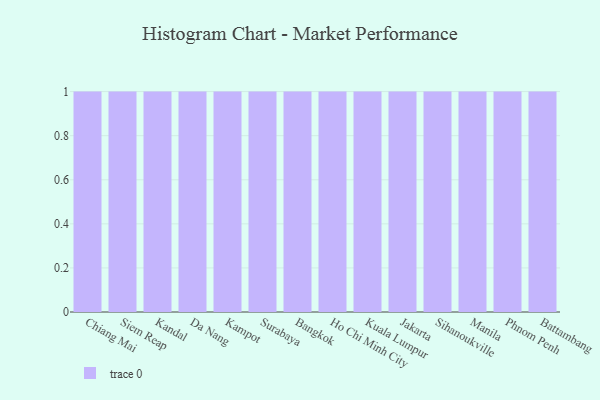
{"axis": {"x": "City", "y": "Budget (USD K)"}, "legend": [""], "data": [{"x": "Chiang Mai", "y": 2, "type": ""}, {"x": "Siem Reap", "y": 38, "type": ""}, {"x": "Kandal", "y": 22, "type": ""}, {"x": "Da Nang", "y": 36, "type": ""}, {"x": "Kampot", "y": 26, "type": ""}, {"x": "Surabaya", "y": 94, "type": ""}, {"x": "Bangkok", "y": 4, "type": ""}, {"x": "Ho Chi Minh City", "y": 3, "type": ""}, {"x": "Kuala Lumpur", "y": 56, "type": ""}, {"x": "Jakarta", "y": 77, "type": ""}, {"x": "Sihanoukville", "y": 35, "type": ""}, {"x": "Manila", "y": 73, "type": ""}, {"x": "Phnom Penh", "y": 65, "type": ""}, {"x": "Battambang", "y": 44, "type": ""}]}